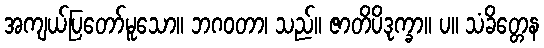
အကျယ်ပြတော်မူသော။ ဘဂဝတာ၊ သည်။ ဇာတိပိဒုက္ခာ။ ပ။ သံခိတ္တေန